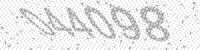
Solution: 044098